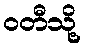
ဝတီသို့